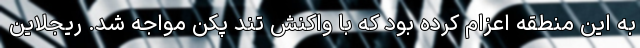
به این منطقه اعزام کرده بود که با واکنش تند پکن مواجه شد. ریجلاین